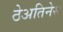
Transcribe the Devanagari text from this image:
ठेअतिनेस